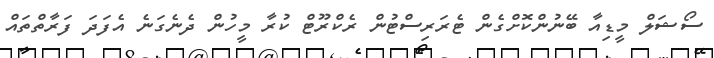
ސޯޝަލް މީޑިއާ ބޭނުންކޮށްގެން ޓެރަރިސްޓުން ރެކްރޫޓް ކުރާ މީހުން ދެނެގަނެ އެފަދަ ފަރާތްތައް